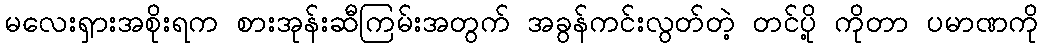
မလေးရှားအစိုးရက စားအုန်းဆီကြမ်းအတွက် အခွန်ကင်းလွတ်တဲ့ တင်ပို့ ကိုတာ ပမာဏကို